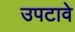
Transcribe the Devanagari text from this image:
उपटावे